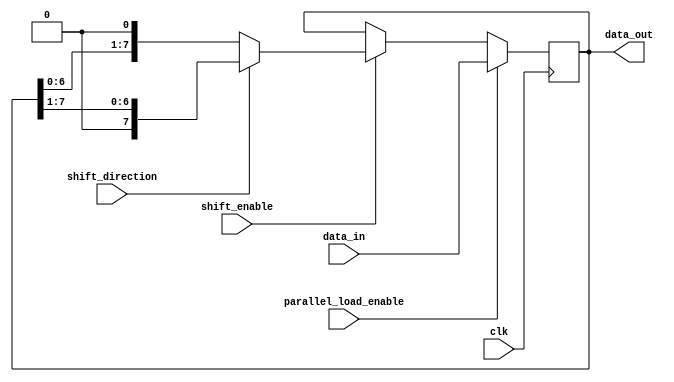
module universal_shift_register(
    input wire clk,
    input wire shift_direction,
    input wire shift_enable,
    input wire parallel_load_enable,
    input wire [7:0] data_in,
    output reg [7:0] data_out
);

reg [7:0] reg_data;

always @(posedge clk) begin
    if(parallel_load_enable) begin
        reg_data <= data_in;
    end else begin
        if(shift_enable) begin
            if(shift_direction) begin // right shift
                reg_data <= {1'b0, reg_data[7:1]};
            end else begin // left shift
                reg_data <= {reg_data[6:0], 1'b0};
            end
        end
    end
end

assign data_out = reg_data;

endmodule